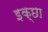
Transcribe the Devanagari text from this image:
इक्छा